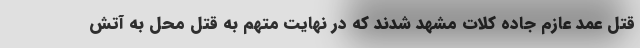
قتل عمد عازم جاده کلات مشهد شدند که در نهایت متهم به قتل محل به آتش